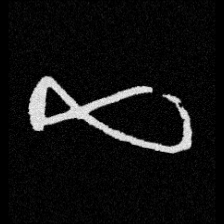
Pyu character \u2014 Myanmar letter: ဆ (romanized: cha)